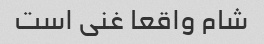
شام واقعا غنی است